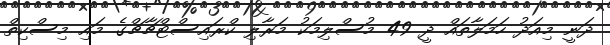
ދަނީ މިއަދު ހަމަލާތައް ދީ 49 މުސްލިމަކު މަރާލި ކްރައިސްޓްޗާޗްގެ މައި މިސްކިތް